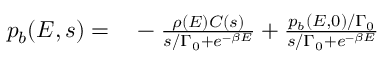
\begin{array} { r l } { { p } _ { b } ( E , s ) = } & { { } - \frac { \rho ( E ) C ( s ) } { s / \Gamma _ { 0 } + e ^ { - \beta E } } + \frac { p _ { b } ( E , 0 ) / \Gamma _ { 0 } } { s / \Gamma _ { 0 } + e ^ { - \beta E } } } \end{array}